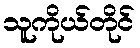
သူကိုယ်တိုင်